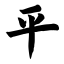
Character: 平